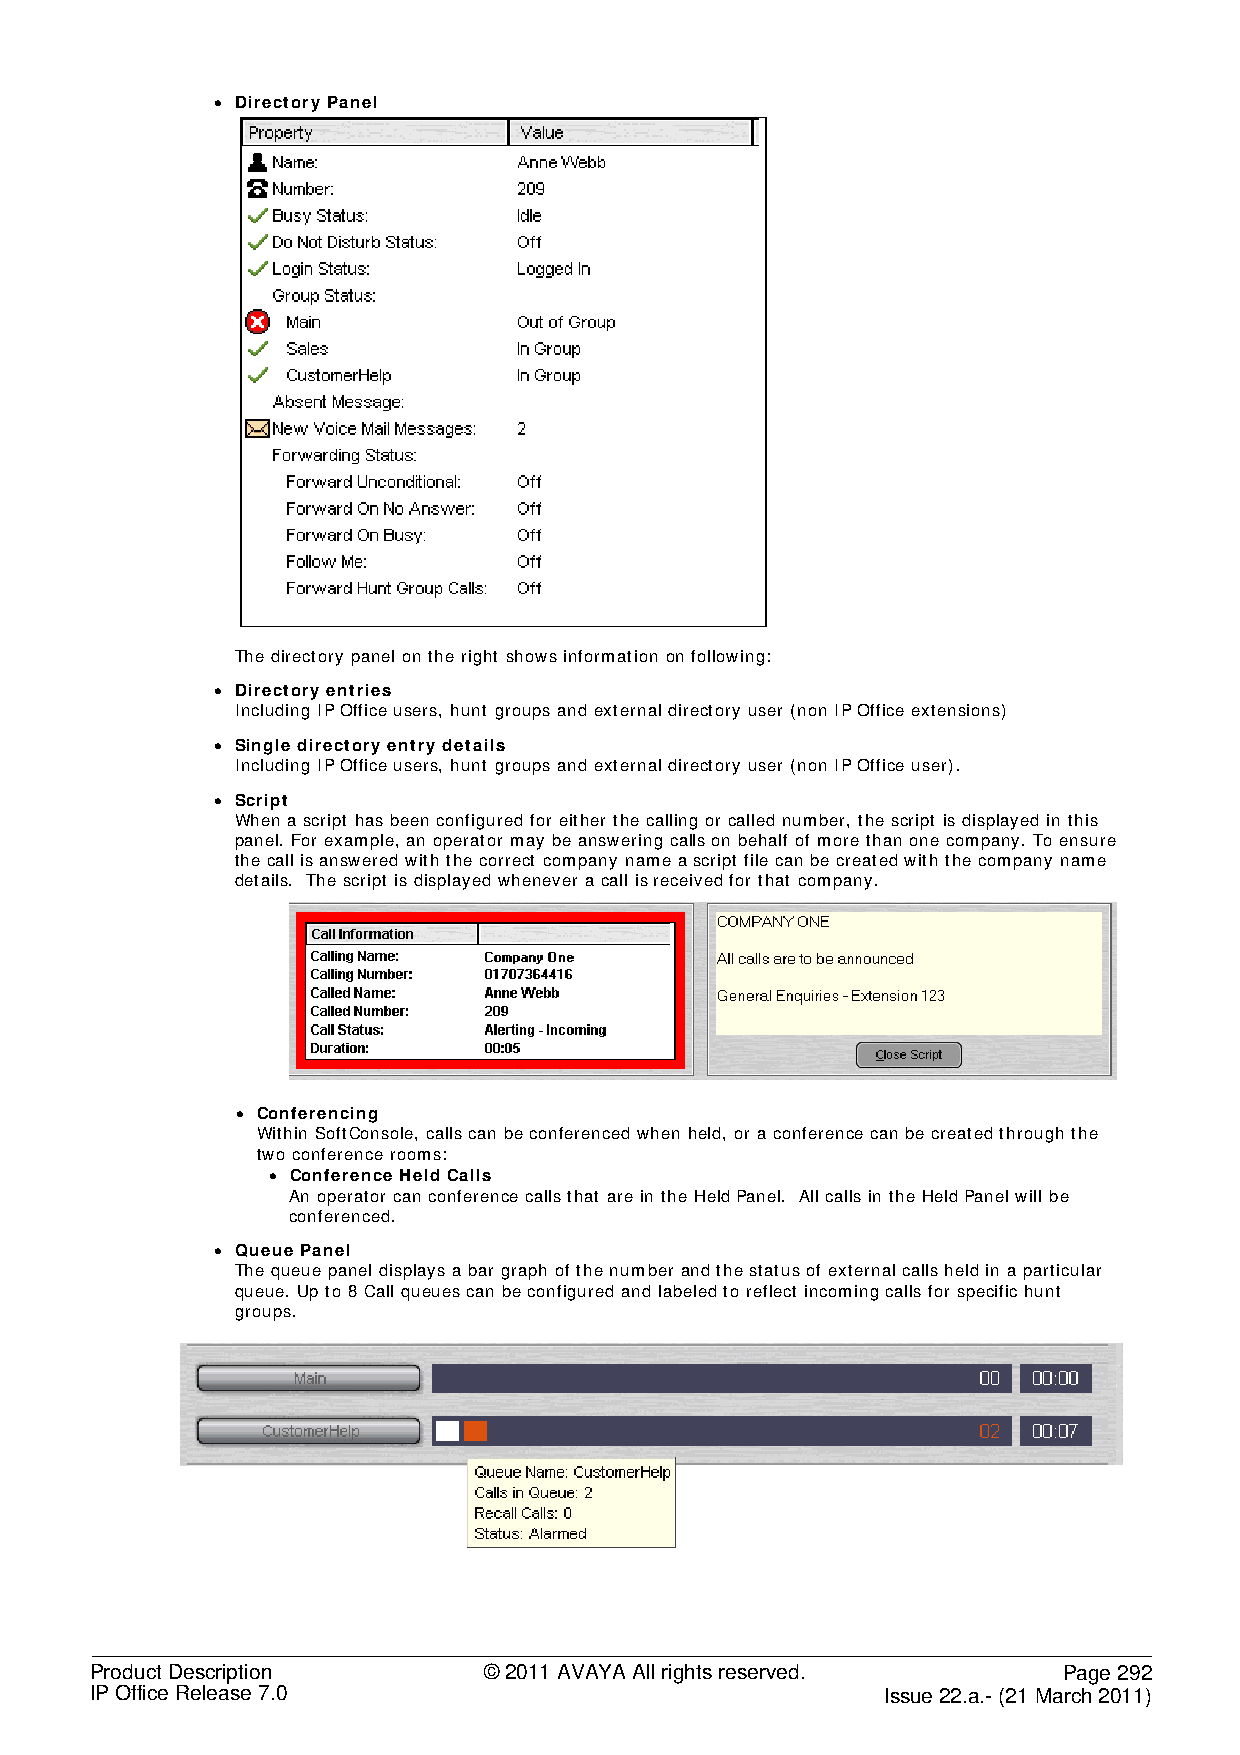
• Directory Panel
 The directory panel on the right shows information on following:
 • Directory entries
 Including IP Office users, hunt groups and external directory user (non IP Office extensions)
 • Single directory entry details
 Including IP Office users, hunt groups and external directory user (non IP Office user).
 • Script
 When a script has been configured for either the calling or called number, the script is displayed in this
 panel. For example, an operator may be answering calls on behalf of more than one company. To ensure
 the call is answered with the correct company name a script file can be created with the company name
 details. The script is displayed whenever a call is received for that company.
 • Conferencing
 Within SoftConsole, calls can be conferenced when held, or a conference can be created through the
 two conference rooms:
 • Conference Held Calls
 An operator can conference calls that are in the Held Panel. All calls in the Held Panel will be
 conferenced.
 • Queue Panel
 The queue panel displays a bar graph of the number and the status of external calls held in a particular
 queue. Up to 8 Call queues can be configured and labeled to reflect incoming calls for specific hunt
 groups.
 Product Description       © 2011 AVAYA All rights reserved.     Page 292
 IP Office Release 7.0                                Issue 22.a.- (21 March 2011)